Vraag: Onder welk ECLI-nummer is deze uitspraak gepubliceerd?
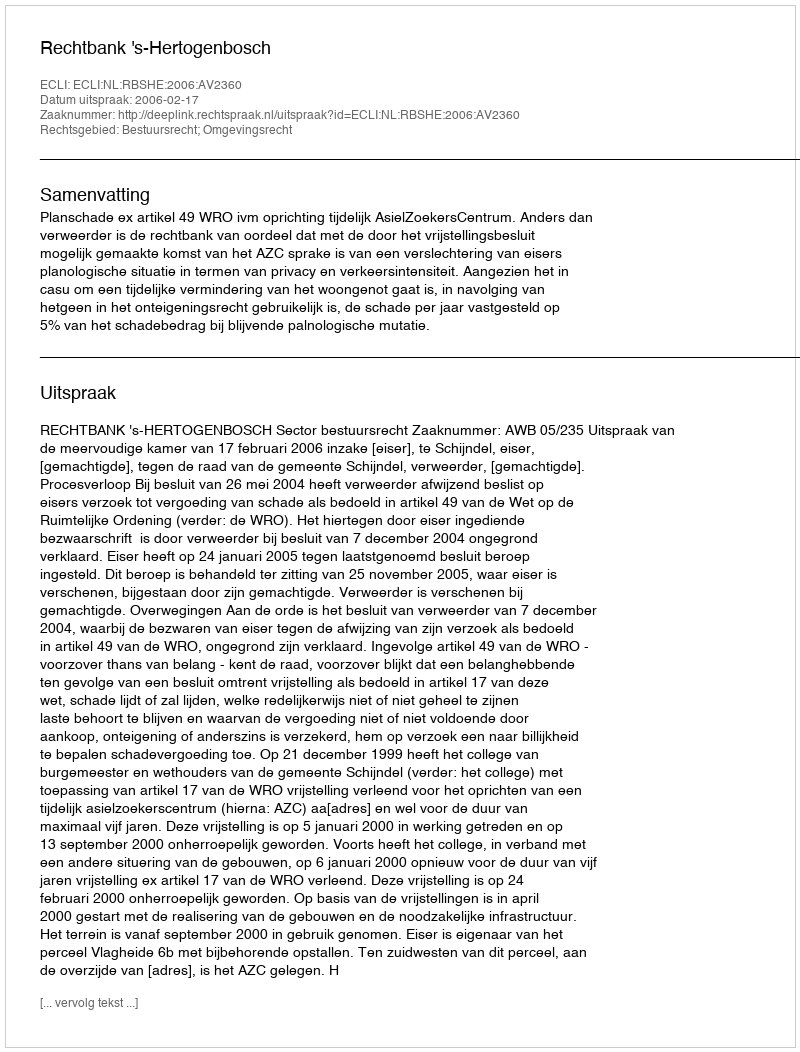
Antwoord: ECLI:NL:RBSHE:2006:AV2360